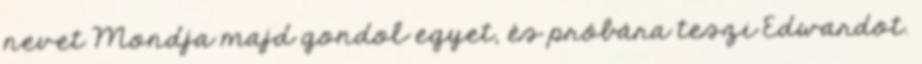
nevet Mondja majd gondol egyet, és próbára teszi Edwardot.